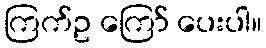
ကြက်ဥ ကြော် ပေးပါ။